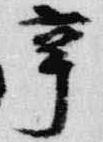
辛